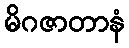
မိဂဇာတာနံ